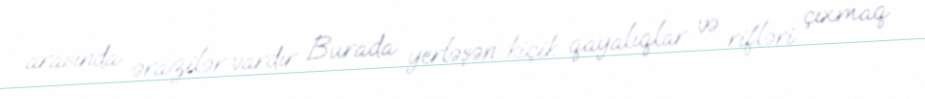
arasında ərazilər vardır Burada yerləşən kiçik qayalıqlar və rifləri çıxmaq